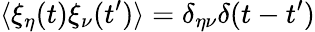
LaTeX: \langle\xi_{\eta}(t)\xi_{\nu}(t^{\prime})\rangle=\delta_{\eta\nu}\delta(t-t^{\prime})